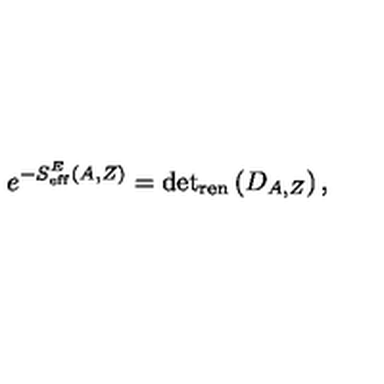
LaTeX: e ^ { - S _ { \mathrm { e f f } } ^ { E } ( A , Z ) } = \mathrm { d e t } _ { \mathrm { r e n } } \left( D _ { A , Z } \right) ,